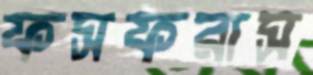
ফসফরাস